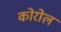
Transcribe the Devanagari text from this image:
कोरोल